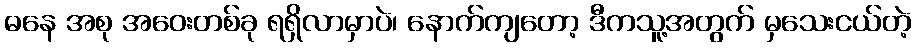
ဓနေ အစု အဝေးတစ်ခု ရရှိလာမှာပဲ၊ နောက်ကျတော့ ဒီကသူ့အတွက် မှသေးငယ်တဲ့